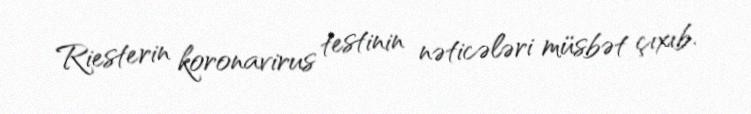
Riesterin koronavirus testinin nəticələri müsbət çıxıb.